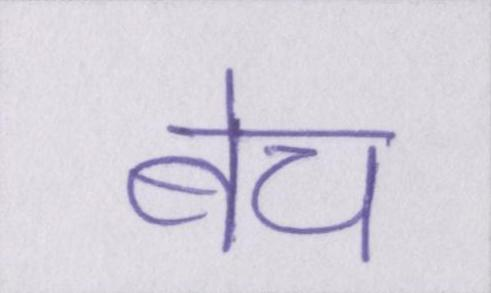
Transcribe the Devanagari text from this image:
बेच